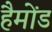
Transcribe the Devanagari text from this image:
हैमोंड